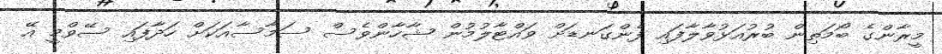
މީރާންގެ ބޯމަތިން ބުރުއަޅުވާލާފައި ފެންގަނޑަށް ވައްޓާލުމުން ޝާހާންވެސް ސަމާސާއަކަށް ހަދާފައި ސޭވްމީ އޭ